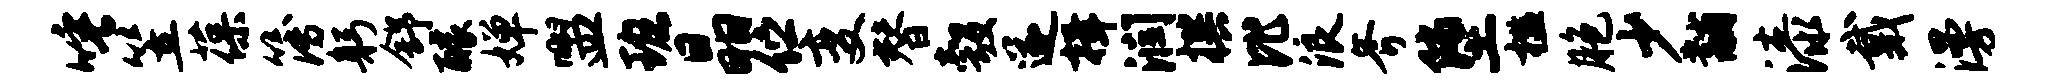
唾笠葆簿躬舒醵婵盥班晶伫变替彀遂揖润撰比浪斧堕槛胞少黼漆戴漫